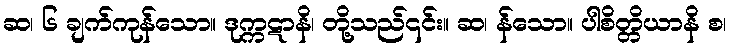
ဆ၊ ၆ ချက်ကုန်သော။ ဒုက္ကဋာနိ၊ တို့သည်၎င်း။ ဆ၊ န်သော။ ပါစိတ္တိယာနိ စ၊